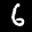
Label: 6